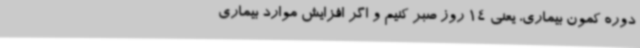
دوره کمون بیماری، یعنی 14 روز صبر کنیم و اگر افزایش موارد بیماری